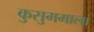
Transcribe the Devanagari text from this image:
कुसुममाला